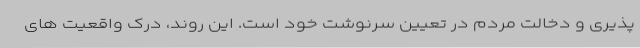
پذیری و دخالت مردم در تعیین سرنوشت خود است. این روند، درک واقعیت های